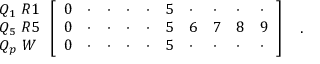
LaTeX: { \begin{array} { l } { { Q _ { 1 } \ R 1 } } \\ { { Q _ { 5 } \ R 5 } } \\ { { Q _ { p } \ W } } \end{array} } \left[ { \begin{array} { l l l l l l l l l l } { { 0 } } & { { \cdot } } & { { \cdot } } & { { \cdot } } & { { \cdot } } & { { 5 } } & { { \cdot } } & { { \cdot } } & { { \cdot } } & { { \cdot } } \\ { { 0 } } & { { \cdot } } & { { \cdot } } & { { \cdot } } & { { \cdot } } & { { 5 } } & { { 6 } } & { { 7 } } & { { 8 } } & { { 9 } } \\ { { 0 } } & { { \cdot } } & { { \cdot } } & { { \cdot } } & { { \cdot } } & { { 5 } } & { { \cdot } } & { { \cdot } } & { { \cdot } } & { { \cdot } } \end{array} } \right] \quad .